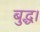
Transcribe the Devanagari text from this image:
बुद्ध।